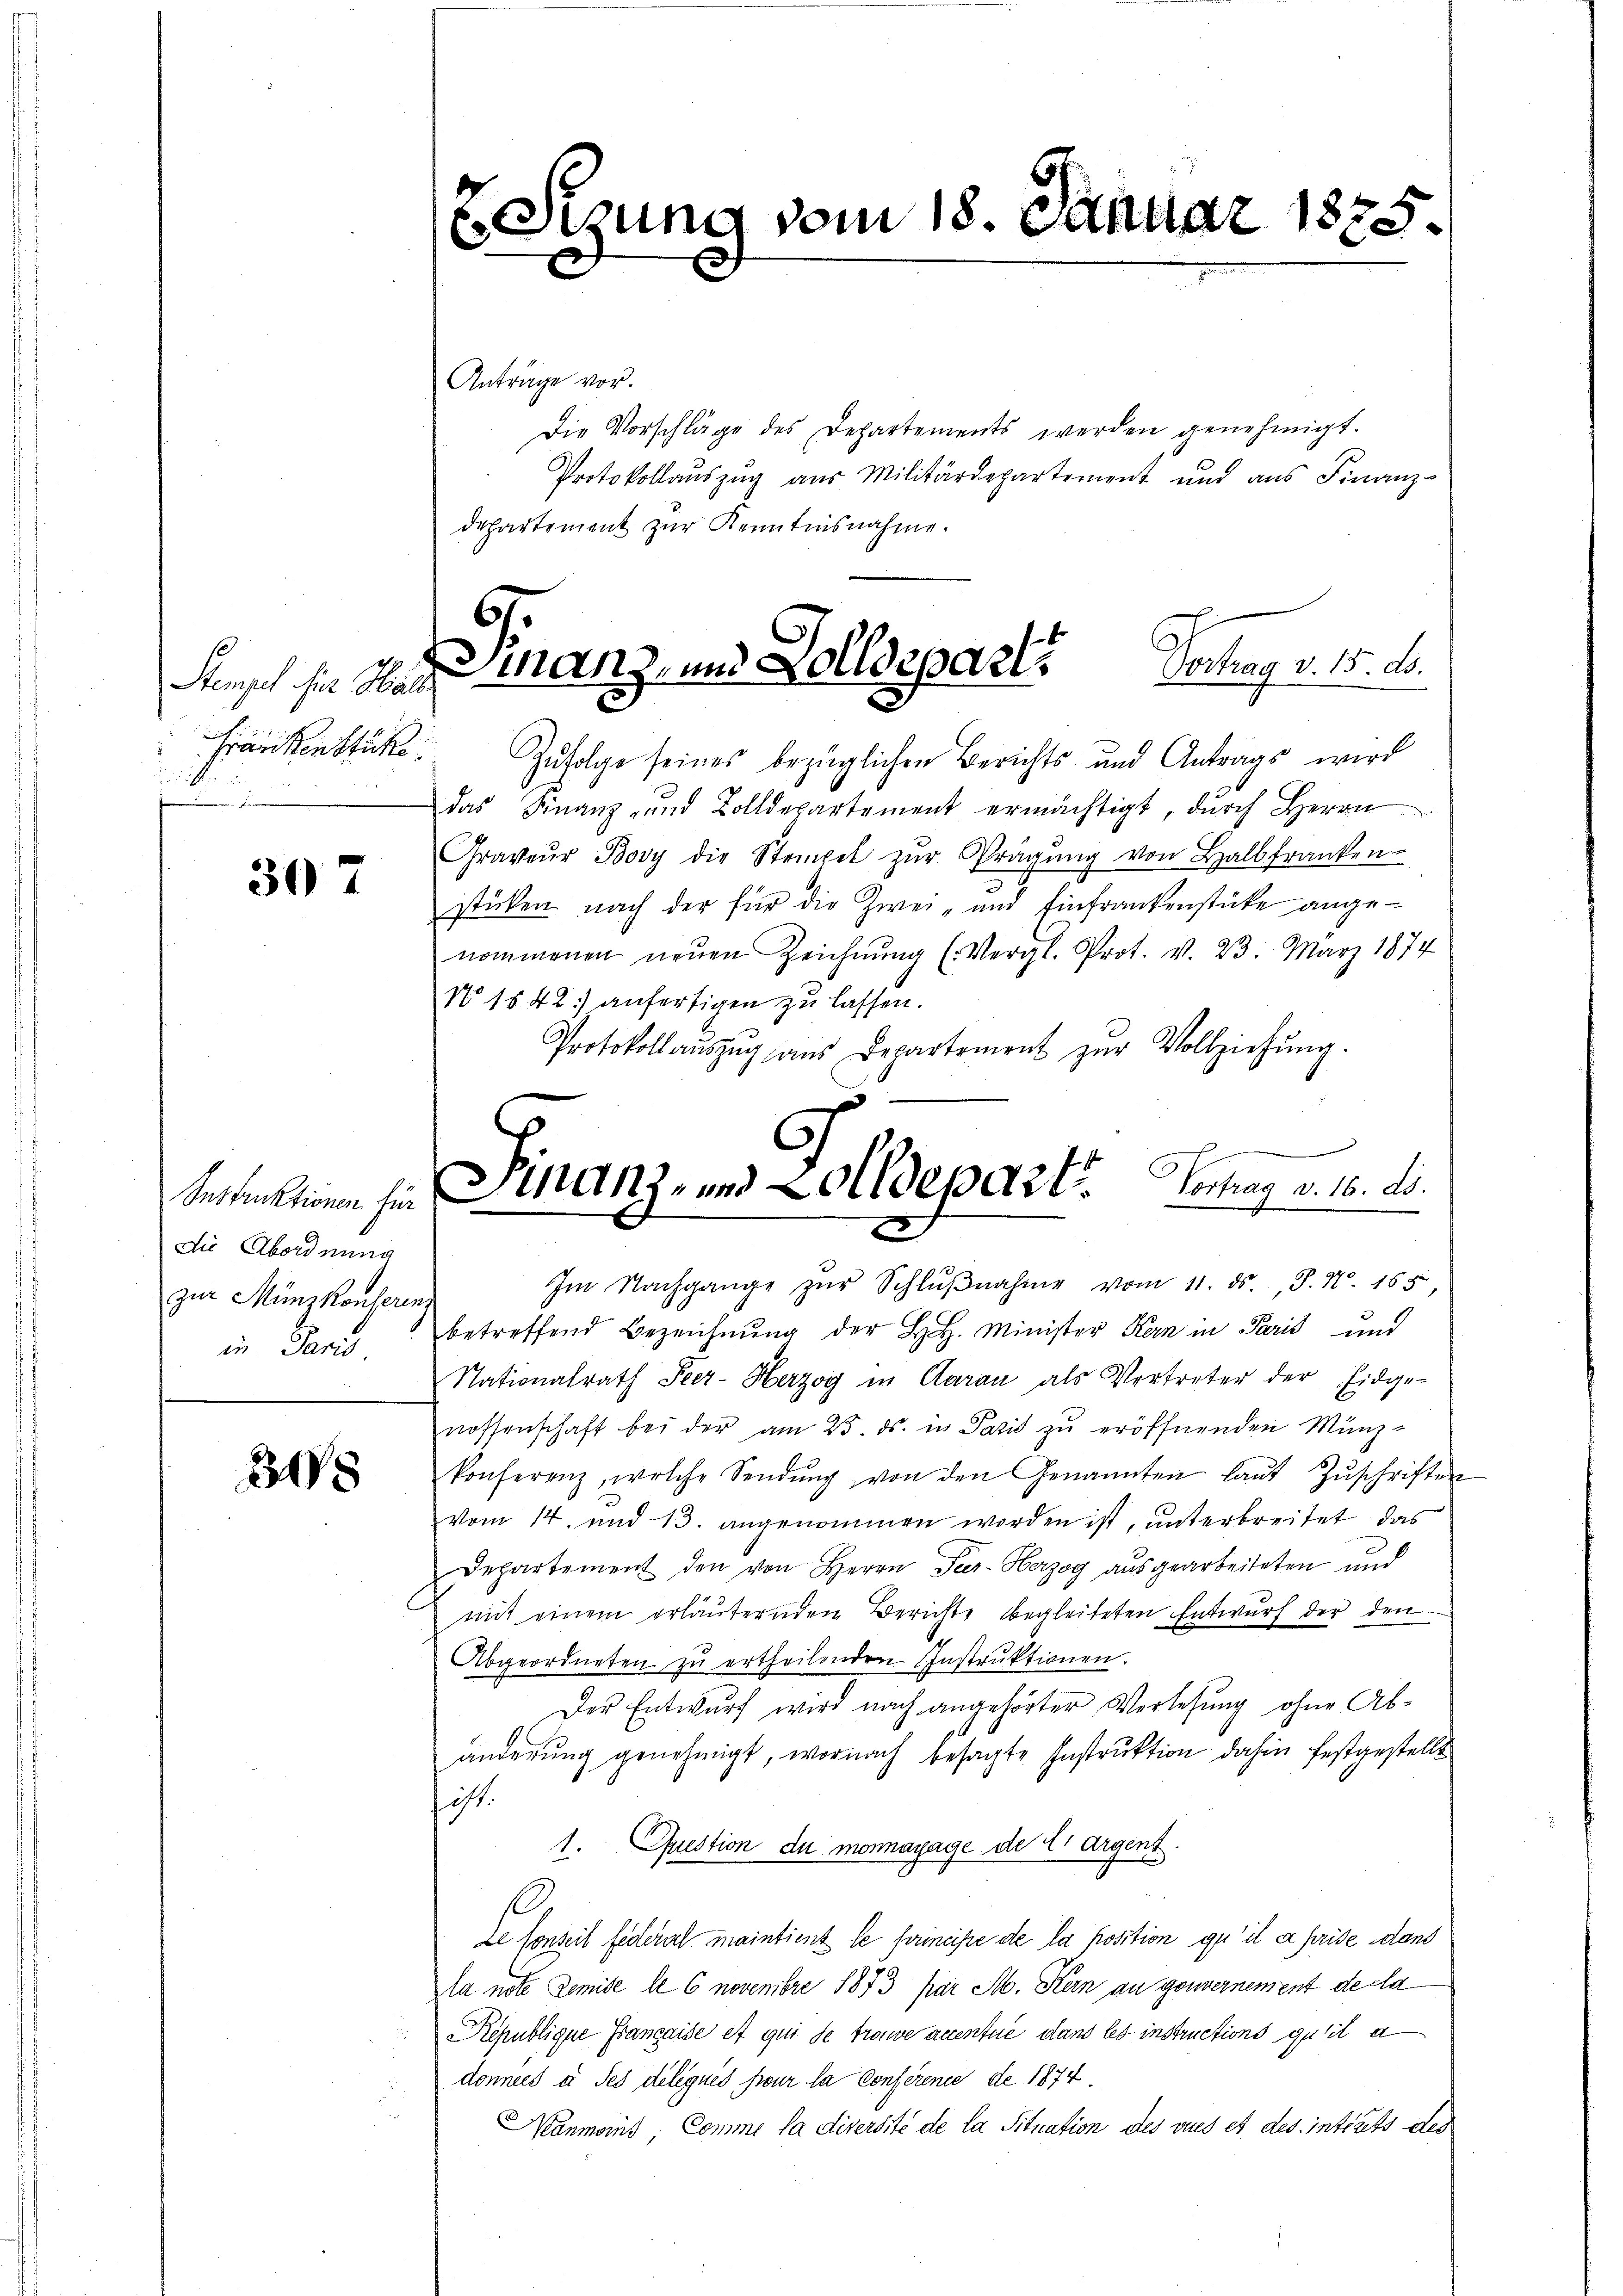
Stengel hier Hall

307

Instruktionen für
die Abordnung
zur Münzkonserenz
in Paris

28

e

zung vom 18. Januar 1875.

Anträge vor.
Die Vorschläge des Departements werden genehmigt.
Protokollauszug aus Militärdepartement und aus Finanz-
departement zur Kenntnisnahme.
Fränkenstücke. Zufolge seines bezüglichen Berichts und Antrags wird
das Finanz- und Zolldepartement ermächtigt, dŭrch Herrn
Graveŭr Bovy die Stempel zŭr Prägŭng von Halbfranken-
stücken nach der für die Zwei- und Einfrankenstücke angenommenen neŭen Zeichnŭng (Vergl. Prot. v. 23. März 1874
N 1542) anfertigen zu lassen.
Protokollaŭszŭg aŭs Departement zŭr Vollziehŭng.
Im Nachgange zŭr Schlŭβnahme vom 11. ds. J. N. 165,
betreffend Bezeichnŭng der L. Minister Kern in Paris und
Nationalrath Peer- Herzog in Garan als Vertreter der Eidge-
nossenschaft bei der am 25. ds. in Pazis zu eröffnenden Münz-
konferenz, welche Sendŭng von den Genannten laŭt Zŭschriften
vom 14. und 13. angenommen worden ist, unterbreitet, das
Departement den von Herrn Seer- Herzog aŭsgearbeiteten und
mit einem erläuternden Berichte begleiteten Entwurf der den
Abgeordneten zŭ ertheilenden Instrŭktionen.
Der Entwurf wird nach angehörter Verlesung ohne Ab-
änderung genehmigt, wornach besagte Instruktion dahin festgestellt
hist.
1. Question du monnayage de Er argent.
de Porzeit federart maintient le feineise de la position qu’il a prise dans
la note Demise le 6 novembre 1873 par M. Kern an gouvernement de cla
Republique Française et qui se trouve aventue dans les instructions quit a
données à ses délégués sur la Conference de 1874.
Manmoins, Comme la diversité de la Situation des vues et des interets des

Vertrag v. 15. ds.
Finanz, und Solldepart

d
Smanz- und Zolldepart. Vertrag v. 16. ds.
x